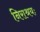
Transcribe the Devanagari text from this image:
निराश्रयः